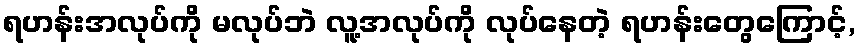
ရဟန်းအလုပ်ကို မလုပ်ဘဲ လူ့အလုပ်ကို လုပ်နေတဲ့ ရဟန်းတွေကြောင့်,